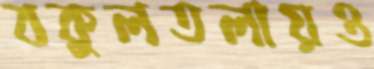
বকুলতলায়ও